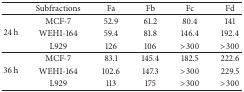
<table><thead><tr><td><b> </b></td><td><b>Subfractions</b></td><td><b>Fa</b></td><td><b>Fb</b></td><td><b>Fc</b></td><td><b>Fd</b></td></tr></thead><tbody><tr><td rowspan="3">24 h</td><td>MCF-7</td><td>52.9</td><td>61.2</td><td>80.4</td><td>141</td></tr><tr><td>WEHI-164</td><td>59.4</td><td>81.8</td><td>146.4</td><td>192.4</td></tr><tr><td>L929</td><td>126</td><td>106</td><td>&gt;300</td><td>&gt;300</td></tr><tr><td rowspan="3">36 h</td><td>MCF-7</td><td>83.1</td><td>145.4</td><td>182.5</td><td>222.6</td></tr><tr><td>WEHI-164</td><td>102.6</td><td>147.3</td><td>&gt;300</td><td>229.5</td></tr><tr><td>L929</td><td>113</td><td>175</td><td>&gt;300</td><td>&gt;300</td></tr></tbody></table>